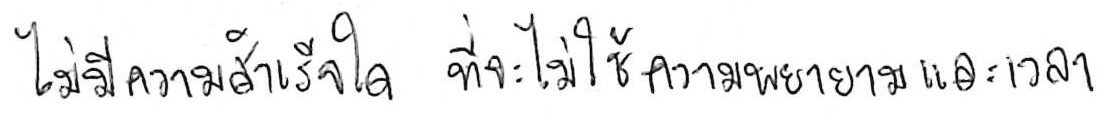
ไม่มีความสำเร็จใด ที่จะไม่ใช้ความพยายามและเวลา